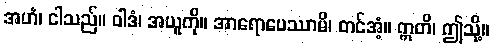
အဟံ၊ ငါသည်။ ဝါဒံ၊ အယူကို။ အာရောပေဿာမိ၊ တင်အံ့။ ဣတိ၊ ဤသို့။